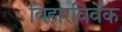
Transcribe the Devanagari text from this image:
विहारविवेक